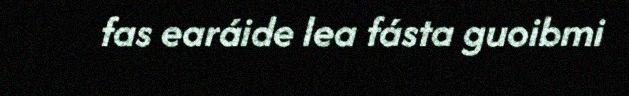
fas earáide lea fásta guoibmi